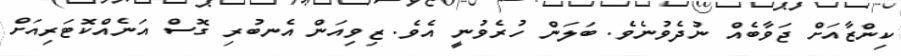
ކިންޒާއަށް ޖަވާބެއް ނުދެވުނެވެ. ބަލަން ހުރެވުނީ އެވެ. ޒިވިއަން އެނބުރި ގޮސް އަނެއްކޮޓަރިއަށް